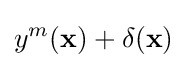
y^{m}(\mathbf {x} )+\delta (\mathbf {x} )